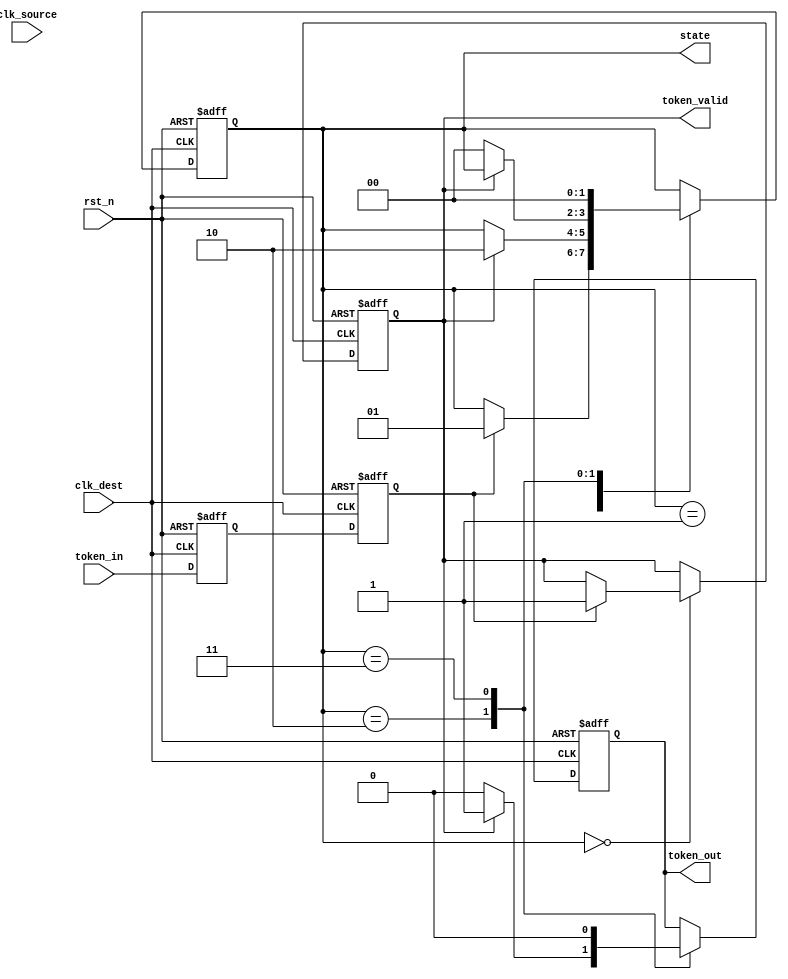
module token_ring_synchronizer (
    input wire clk_source,             // Source clock
    input wire clk_dest,               // Destination clock
    input wire rst_n,                  // Active low reset
    input wire token_in,               // Token input signal from source
    output reg token_out,              // Synchronized token output to destination
    output reg token_valid,            // Status indicator for a valid token
    output reg [1:0] state             // Current state of the FSM
);

    // State encoding
    localparam IDLE        = 2'b00;
    localparam RECV_TOKEN  = 2'b01;
    localparam TRANSMIT_TOKEN = 2'b10;
    localparam ERROR       = 2'b11;

    // Synchronization registers (for metastability)
    reg sync_ff1, sync_ff2;

    // Initialization Register for Token Storage
    reg token_storage;
    
    // FSM Process
    always @(posedge clk_dest or negedge rst_n) begin
        if (!rst_n) begin
            state <= IDLE;
            token_out <= 1'b0;
            token_valid <= 1'b0;
            token_storage <= 1'b0;
        end else begin
            case(state)
                IDLE:  
                begin
                    // Wait to receive token
                    if (sync_ff2) begin // Received token
                        token_storage <= 1'b1;  // Store token
                        token_valid <= 1'b1;    // Set token valid
                        state <= RECV_TOKEN;
                    end
                end
                
                RECV_TOKEN:  
                begin
                    // Process the received token
                    if (token_valid) begin
                        // Prepare to transmit the token
                        state <= TRANSMIT_TOKEN;
                    end
                end
                
                TRANSMIT_TOKEN:  
                begin
                    // Transmitting the token
                    token_out <= 1'b1; // Indicate token is being sent
                    if (!token_valid) begin
                        token_out <= 1'b0; // Release token when not valid
                        state <= IDLE;
                    end
                end
                
                ERROR:  
                begin
                    // Handle errors
                    token_out <= 1'b0; // Reset token output
                    state <= IDLE; // Return to IDLE
                end
                
                default: 
                    state <= ERROR; // Default to error state in case of invalid state
            endcase
        end
    end

    // Synchronization mechanism for token input
    always @(posedge clk_dest or negedge rst_n) begin
        if (!rst_n) begin
            sync_ff1 <= 1'b0;
            sync_ff2 <= 1'b0;
        end else begin
            sync_ff1 <= token_in;
            sync_ff2 <= sync_ff1;
        end
    end

endmodule